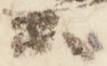
公